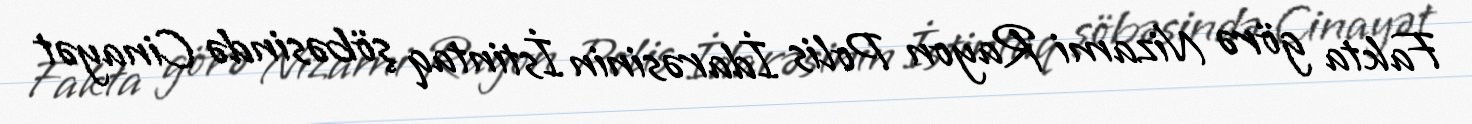
Fakta görə Nizami Rayon Polis İdarəsinin İstintaq şöbəsində Cinayət